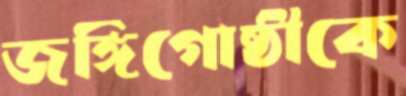
জঙ্গিগোষ্ঠীকে